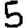
Digit: 5